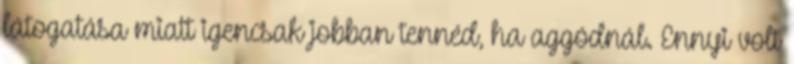
látogatása miatt igencsak jobban tennéd, ha aggódnál. Ennyi volt